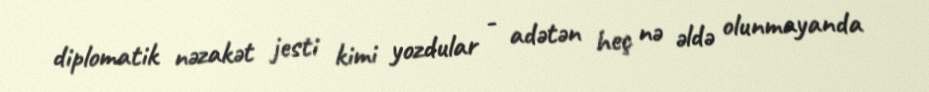
diplomatik nəzakət jesti kimi yozdular - adətən heç nə əldə olunmayanda